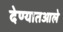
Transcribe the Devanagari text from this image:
देण्यातआले